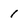
Character: 1